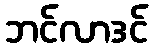
ဘင်လာဒင်